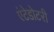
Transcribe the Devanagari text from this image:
एंटेडोटरी